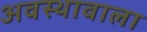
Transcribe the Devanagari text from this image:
अवस्थावाला